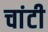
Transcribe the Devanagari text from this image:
चांटी